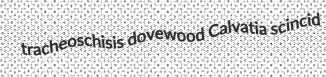
tracheoschisis dovewood Calvatia scincid